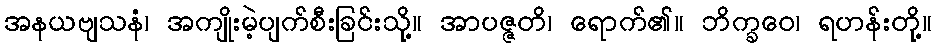
အနယဗျသနံ၊ အကျိုးမဲ့ပျက်စီးခြင်းသို့။ အာပဇ္ဇတိ၊ ရောက်၏။ ဘိက္ခဝေ၊ ရဟန်းတို့။